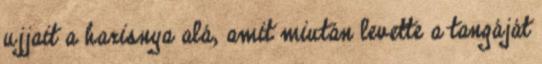
ujjait a harisnya alá, amit miután levette a tangáját